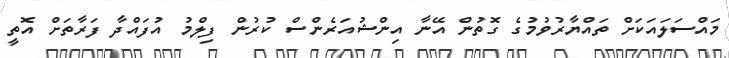
މައްސަލައަކަށް ތައްޔާރުވުމުގެ ގޮތުން އޭނާ އިންޝުއަރެންސް ކުރުން ފިލްމު އުފައްދާ ފަރާތަށް އޮތީ